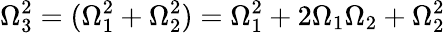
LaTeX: \Omega_{3}^{2}=(\Omega_{1}^{2}+\Omega_{2}^{2})=\Omega_{1}^{2}+2\Omega_{1}\Omega_{2}+\Omega_{2}^{2}